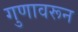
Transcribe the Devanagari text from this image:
गुणावरून